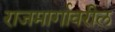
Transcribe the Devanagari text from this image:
राजमार्गावरील